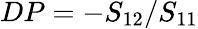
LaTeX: DP=-S_{12}/S_{11}